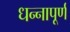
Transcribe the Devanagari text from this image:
धन्नापूर्ण